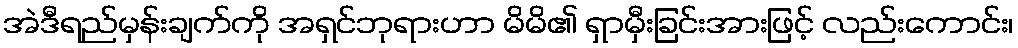
အဲဒီရည်မှန်းချက်ကို အရှင်ဘုရားဟာ မိမိ၏ ရှာမှီးခြင်းအားဖြင့် လည်းကောင်း၊